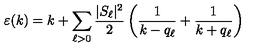
\varepsilon ( k ) = k + \sum _ { \ell > 0 } \frac { | S _ { \ell } | ^ { 2 } } { 2 } \left( \frac { 1 } { k - q _ { \ell } } + \frac { 1 } { k + q _ { \ell } } \right)